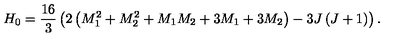
H _ { 0 } = { \frac { 1 6 } { 3 } } \left( 2 \left( M _ { 1 } ^ { 2 } + M _ { 2 } ^ { 2 } + M _ { 1 } M _ { 2 } + 3 M _ { 1 } + 3 M _ { 2 } \right) - 3 J \left( J + 1 \right) \right) .